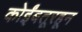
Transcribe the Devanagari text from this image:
कोईंबतूरहून